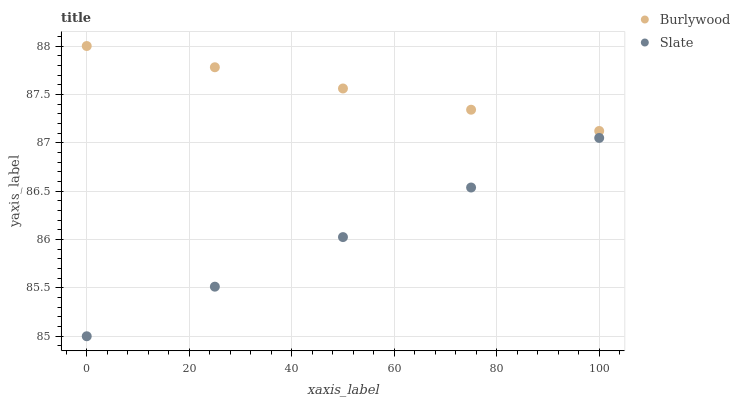
| xaxis_label | Burlywood | Slate |
 | --- | --- | --- |
 | 0 | 88 | 85 |
 | 25 | 87.8 | 85.5 |
 | 50 | 87.6 | 86 |
 | 75 | 87.3 | 86.5 |
 | 100 | 87.1 | 87 |